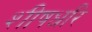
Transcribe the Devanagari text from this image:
शीषधरि